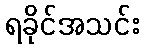
ရခိုင်အသင်း